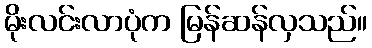
မိုးလင်းလာပုံက မြန်ဆန်လှသည်။